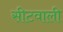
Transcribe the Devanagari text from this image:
सीटवाली